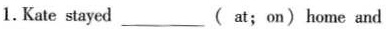
1.Kate stayed___( at ; on ) home and